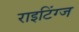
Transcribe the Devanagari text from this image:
राइटिंग्ज